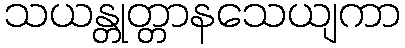
သယန္တုတ္တာနသေယျကာ